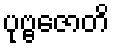
ပုဗ္ဗဇောတိ